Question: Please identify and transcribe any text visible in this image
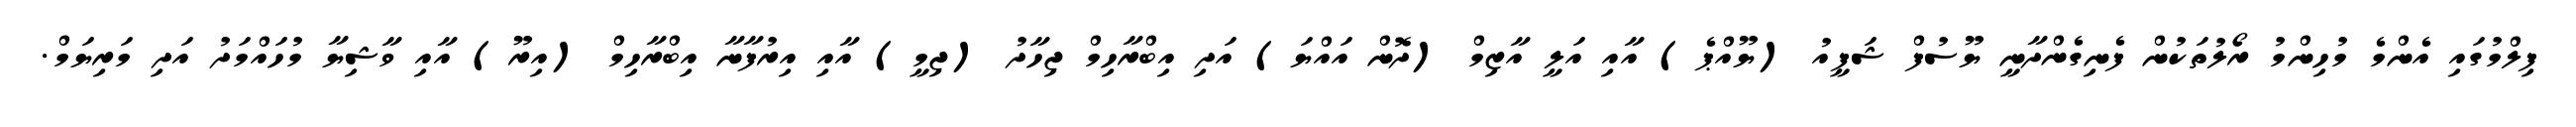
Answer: ފިލްމުގައި އެންމެ މުހިންމު ރޯލުތަކުން ފެނިގެންދާނީ ޔޫސުފް ޝަފީއު (ޔޫއްޕެ) އާއި އަލީ އާޒިމް (ދޮން އައްޔަ) އަދި އިބްރާހިމް ޖިހާދު (ޖިމީ) އާއި އިރުފާނާ އިބްރާހިމް (އިރޫ) އާއި ވާޝިޔާ މުހައްމަދު އަދި މަރިޔަމް.